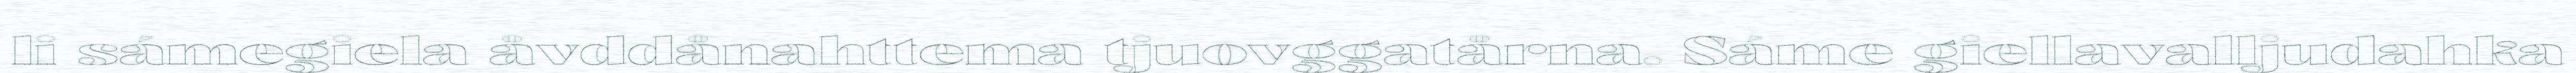
li sámegiela åvddånahttema tjuovggatårna. Sáme giellavalljudahka